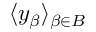
\langle y _ { \beta } \rangle _ { \beta \in B }